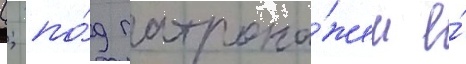
(; по́д патрона́жем е́